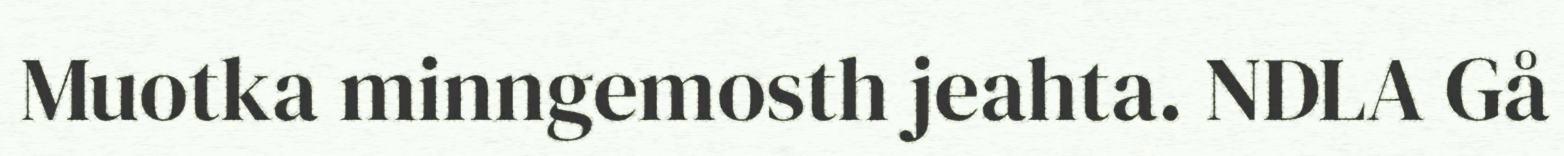
Muotka minngemosth jeahta. NDLA Gå